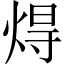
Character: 𤊢